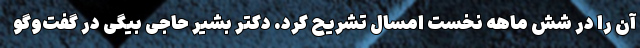
آن را در شش ماهه نخست امسال تشریح کرد. دکتر بشیر حاجی بیگی در گفت‌وگو